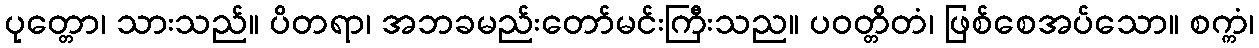
ပုတ္တော၊ သားသည်။ ပိတရာ၊ အဘခမည်းတော်မင်းကြီးသည။ ပဝတ္တိတံ၊ ဖြစ်စေအပ်သော။ စက္ကံ၊